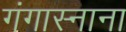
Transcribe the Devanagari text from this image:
गंगास्नाना